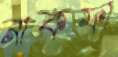
নাকফা